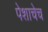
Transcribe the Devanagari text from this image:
पेशाचेच